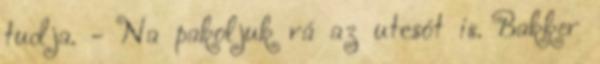
tudja. - Na pakoljuk rá az utcsót is. Bakker